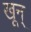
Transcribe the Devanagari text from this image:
खून्